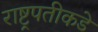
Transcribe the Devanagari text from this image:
राष्ट्रपतीकडे